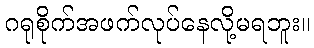
ဂရုစိုက်အဖက်လုပ်နေလို့မရဘူး။